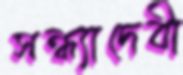
সন্ধ্যাদেবী